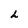
Character: h